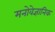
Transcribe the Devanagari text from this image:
मनोवेज्ञानिक